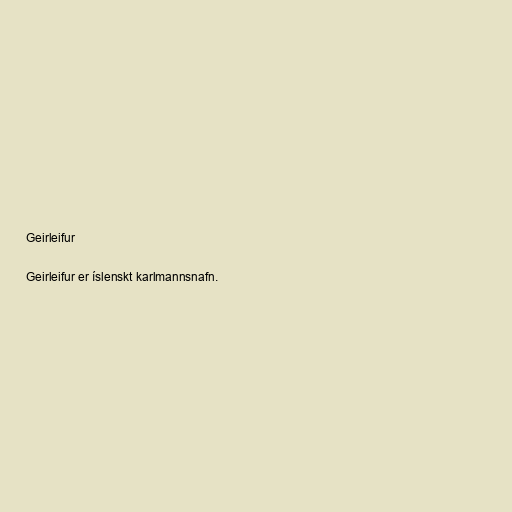
Geirleifur

Geirleifur er íslenskt karlmannsnafn.